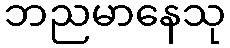
ဘညမာနေသု